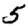
Digit: 5